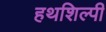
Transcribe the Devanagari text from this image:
हथशिल्पी